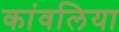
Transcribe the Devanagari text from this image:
कांवलिया